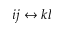
i j \leftrightarrow k l